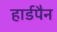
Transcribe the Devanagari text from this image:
हार्डपैन